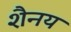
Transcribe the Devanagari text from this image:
शैनय